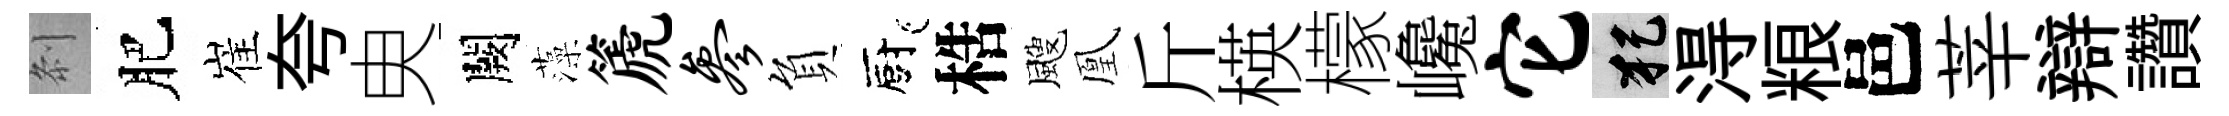
𠛴肥崔夸㬰闕藻篪参負廚梏颼凰斤楧檬巉它犯淂粮邑莘辯讚